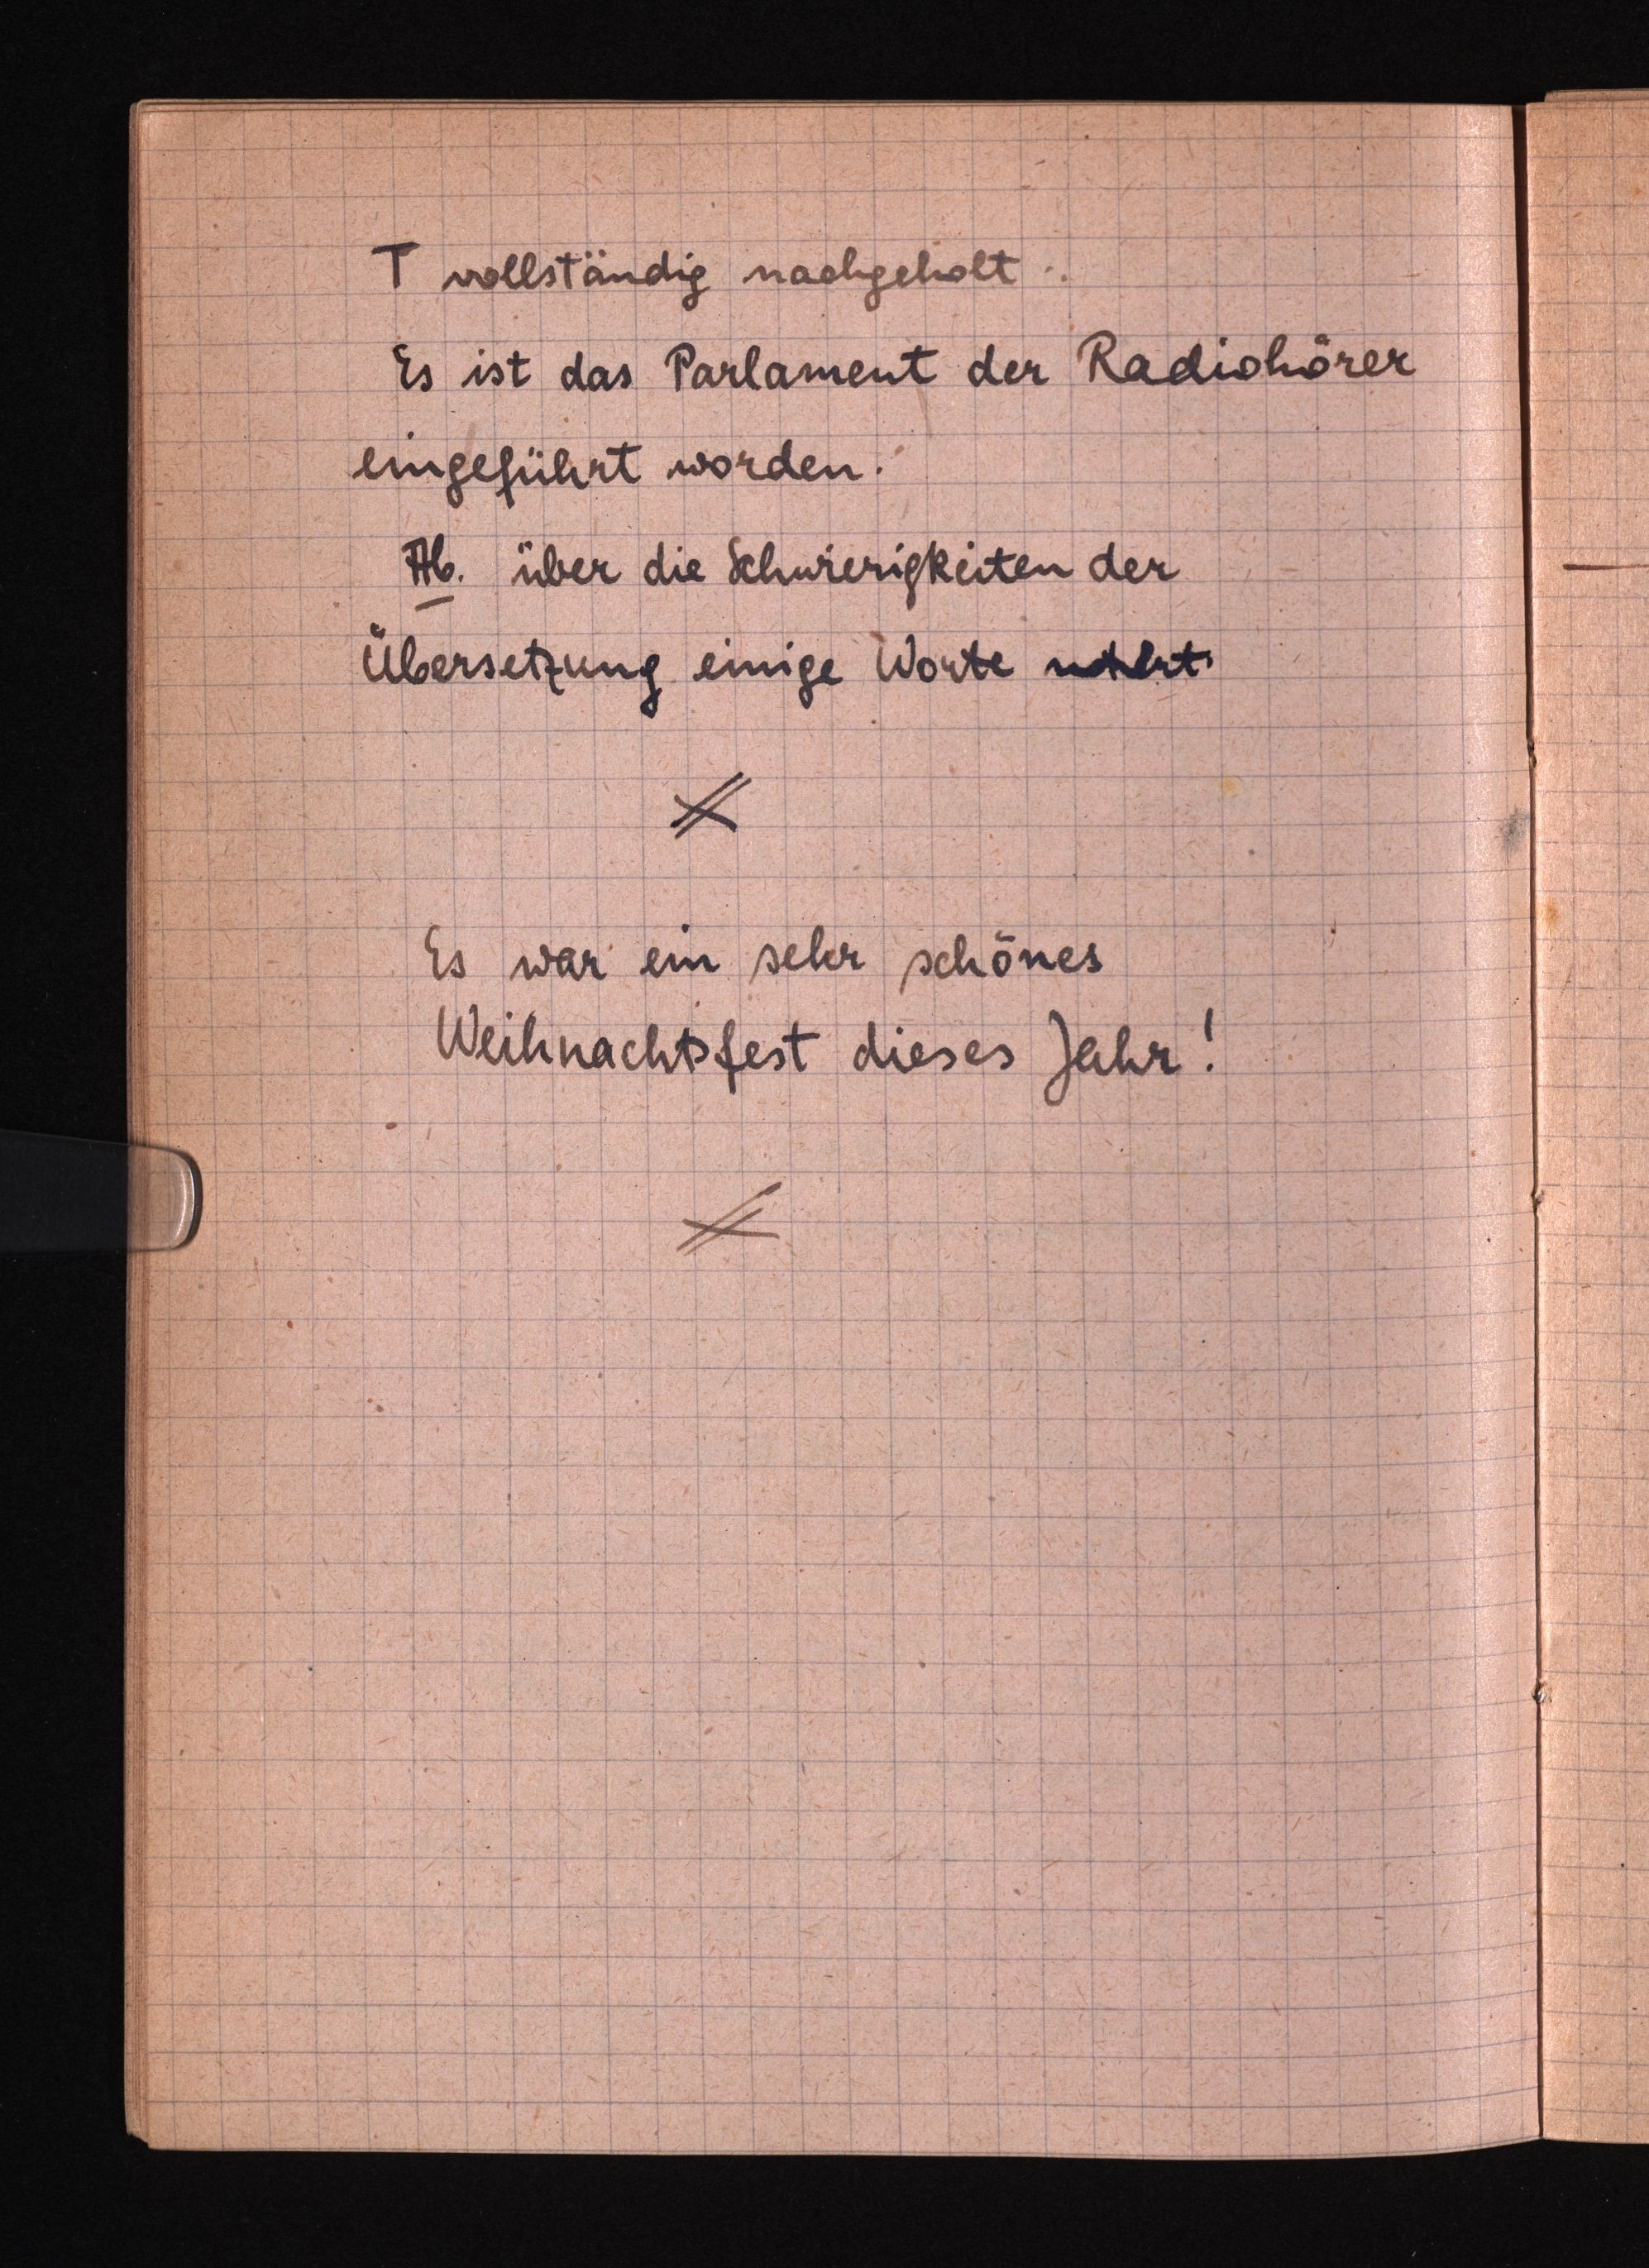
T vollständig nachgeholt.
Es ist das Parlament der Radiohörer
eingeführt worden.
Ab. über die Schwierigkeiten der
Übersetzungeinige Worte notiert.
Es war ein sehr schönes
Weihnachtsfest dieses Jahr!